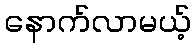
နောက်လာမယ့်